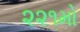
૨૨૧મો